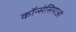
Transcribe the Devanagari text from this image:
कॉन्सेसियाओ